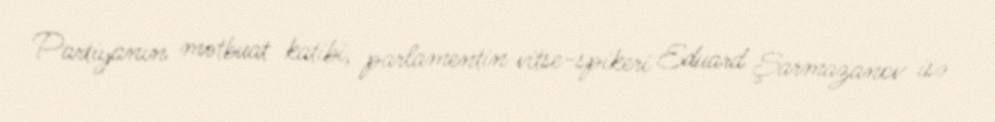
Partiyanın mətbuat katibi, parlamentin vitse-spikeri Eduard Şarmazanov isə